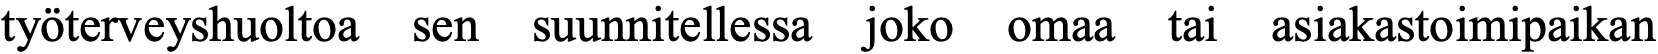
työterveyshuoltoa sen suunnitellessa joko omaa tai asiakastoimipaikan